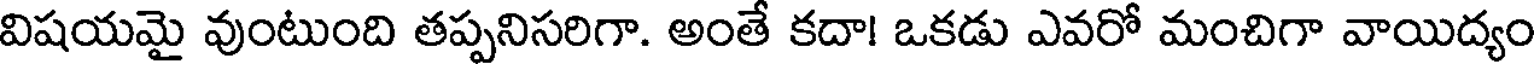
విషయమై వుంటుంది తప్పనిసరిగా. అంతే కదా! ఒకడు ఎవరో మంచిగా వాయిద్యం